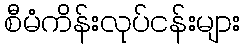
စီမံကိန်းလုပ်ငန်းများ